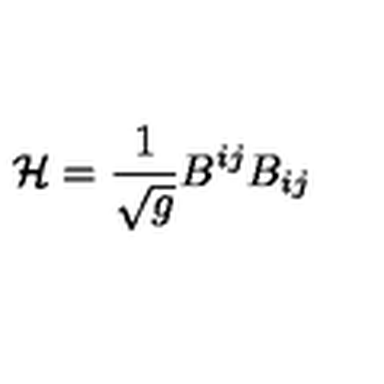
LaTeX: { \cal H } = \frac { 1 } { \sqrt { g } } B ^ { i j } B _ { i j }